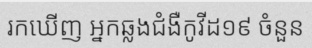
រកឃើញ អ្នកឆ្លងជំងឺកូវីដ១៩ ចំនួន